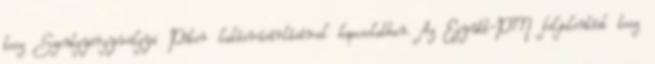
tesz Szentgyörgyvölgyi Péter lakásvásárlásával kapcsolatban. Az Együtt-PM feljelentést tesz